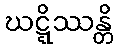
ဃဋ္ဋိဿန္တိ